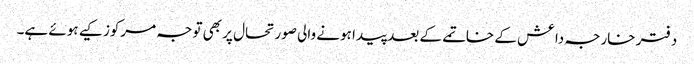
دفتر خارجہ داعش کے خاتمے کے بعد پیدا ہونے والی صورتحال پر بھی توجہ مرکوز کیے ہوئے ہے۔